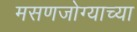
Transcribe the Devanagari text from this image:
मसणजोग्याच्या